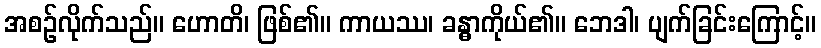
အစဉ်လိုက်သည်။ ဟောတိ၊ ဖြစ်၏။ ကာယဿ၊ ခန္ဓာကိုယ်၏။ ဘေဒါ၊ ပျက်ခြင်းကြောင့်။